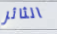
الثائر